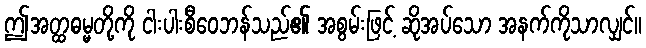
ဤအတ္ထဓမ္မတို့ကို ငါးပါးစီဝေဘန်သည်၏ အစွမ်းဖြင့် ဆိုအပ်သော အနက်ကိုသာလျှင်။